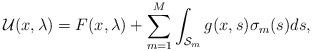
LaTeX: \begin{align*} \mathcal{U}(x, \lambda) = F(x, \lambda)+ \sum^{M}_{m = 1}\int_{\mathcal{S}_m}g(x, s)\sigma_m(s)ds,\end{align*}